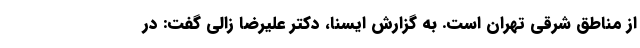
از مناطق شرقی تهران است. به گزارش ایسنا، دکتر علیرضا زالی گفت: در